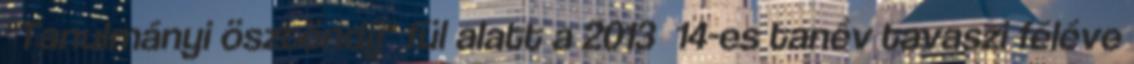
"Tanulmányi ösztöndíj" fül alatt a 2013 14-es tanév tavaszi féléve